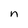
Character: n